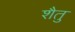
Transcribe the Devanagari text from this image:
शैतु